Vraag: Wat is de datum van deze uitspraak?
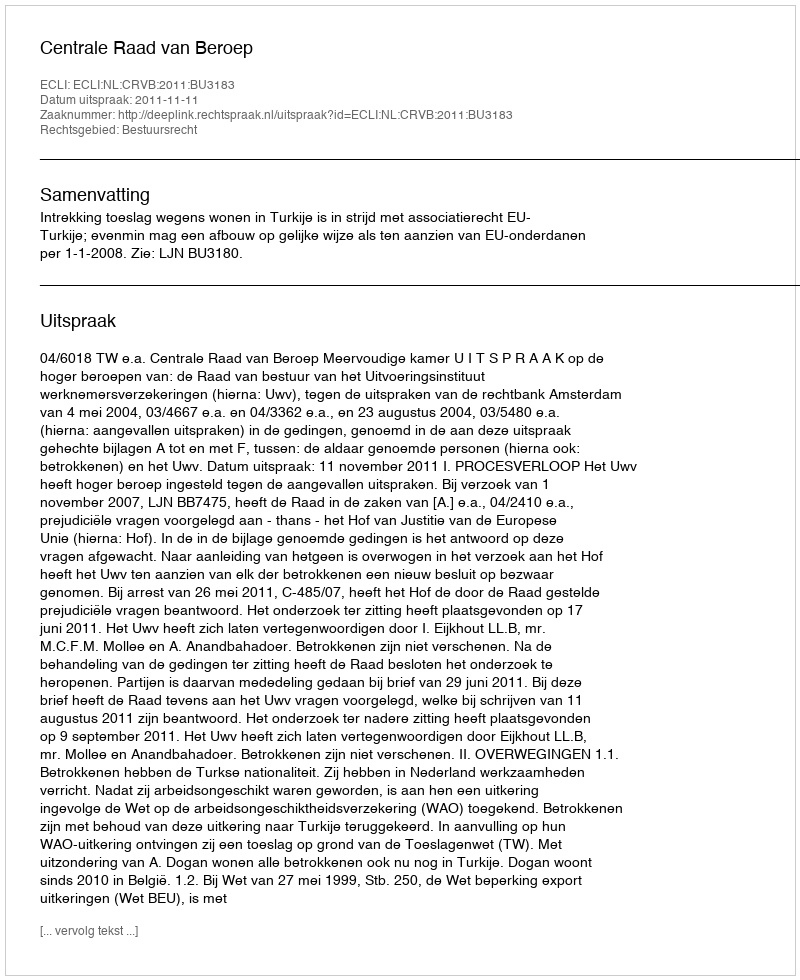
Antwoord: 2011-11-11